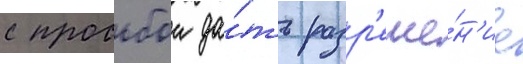
с просьбои да́ть разр'еше́н'ие